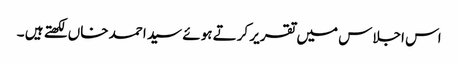
اس اجلاس میں تقریر کرتے ہوئے سید احمد خاں لکھتے ہیں ۔